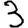
Digit: 3